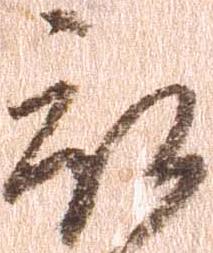
被